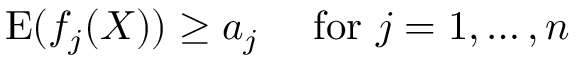
\operatorname { E } ( f _ { j } ( X ) ) \geq a _ { j } \quad { \mathrm { ~ f o r ~ } } j = 1 , \ldots , n